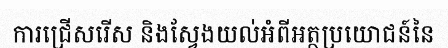
ការជ្រើសរើស និងស្វែងយល់អំពីអត្ថប្រយោជន៍នៃ